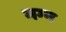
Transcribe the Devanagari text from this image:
मग्‍न